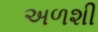
અળશી